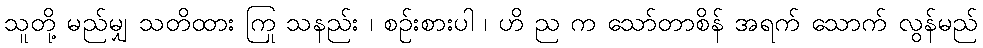
သူတို့ မည်မျှ သတိထား ကြ သနည်း ၊ စဉ်းစားပါ ၊ ဟို ည က သော်တာစိန် အရက် သောက် လွန်မည်